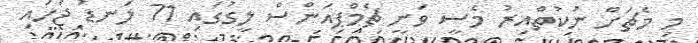
މި މެޗަށް ނުކުތްއިރު މެސީ ވަނީ ޗެމްޕިއަންސް ލީގުގައި 71 ލަނޑު ޖަހައި